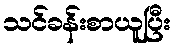
သင်ခန်းစာယူပြီး